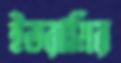
ইতরামির